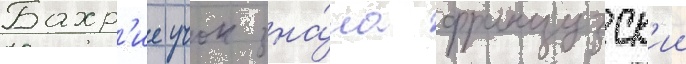
Бахр'ие учок зна́ла французск'ии